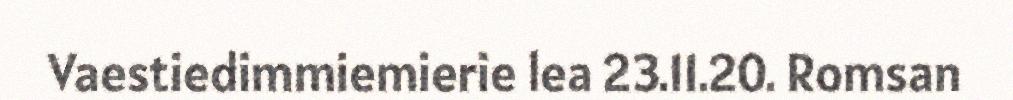
Vaestiedimmiemierie lea 23.11.20. Romsan